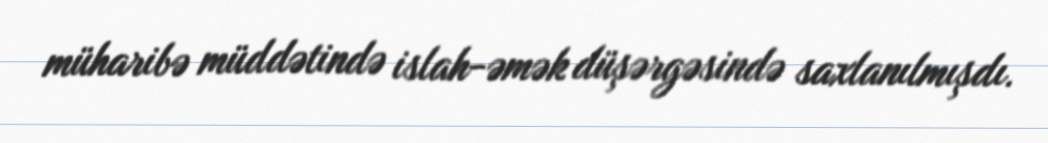
müharibə müddətində islah-əmək düşərgəsində saxlanılmışdı.